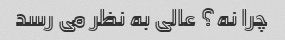
چرا نه؟ عالی به نظر می رسد